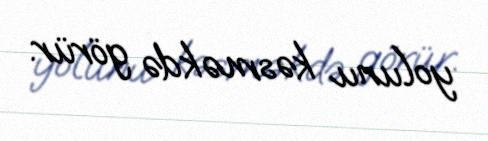
yolunu kəsməkdə görür.